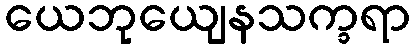
ယေဘုယျေနသက္ခရာ